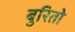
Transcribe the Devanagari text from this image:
बुरितो